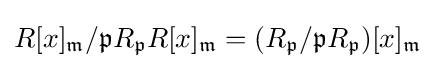
R[x]_{\mathfrak {m}}/{\mathfrak {p}}R_{\mathfrak {p}}R[x]_{\mathfrak {m}}=(R_{\mathfrak {p}}/{\mathfrak {p}}R_{\mathfrak {p}})[x]_{\mathfrak {m}}